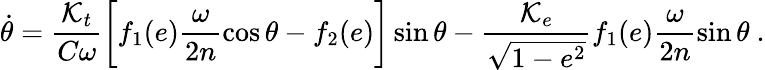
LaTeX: \dot{\theta}=\frac{{\cal K}_{t}}{C\omega}\bigg[f_{1}(e)\frac{\omega}{2n}\cos\theta-f_{2}(e)\bigg]\sin\theta-\frac{{\cal K}_{e}}{\sqrt{1-e^{2}}}f_{1}(e)\frac{\omega}{2n}\sin\theta\ .